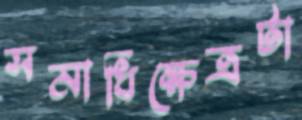
সমাধিক্ষেত্রটা